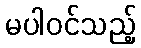
မပါဝင်သည့်